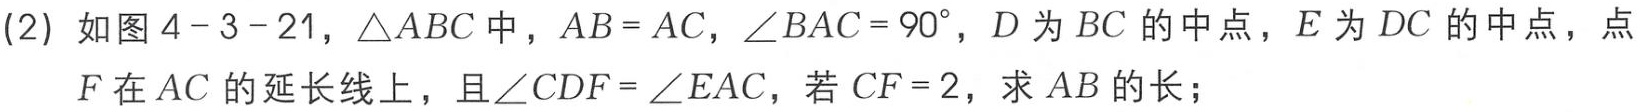
(2) 如图 4 - 3 - 21，\(\triangle ABC\)中，\(AB = AC\)，\(\angle BAC = 90^{\circ}\)，\(D\)为\(BC\)的中点，\(E\)为\(DC\)的中点，点

\(F\)在\(AC\)的延长线上，且\(\angle CDF=\angle EAC\)，若\(CF = 2\)，求\(AB\)的长；